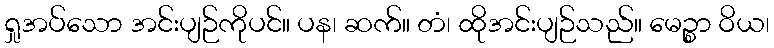
ရှုအပ်သော အင်းပျဉ်ကိုပင်။ ပန၊ ဆက်။ တံ၊ ထိုအင်းပျဉ်သည်။ မေဉ္စာ ဝိယ၊